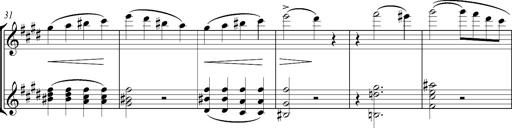
Title: Consolations
Composer: Franz Liszt